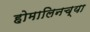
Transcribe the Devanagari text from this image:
होमालिनच्या